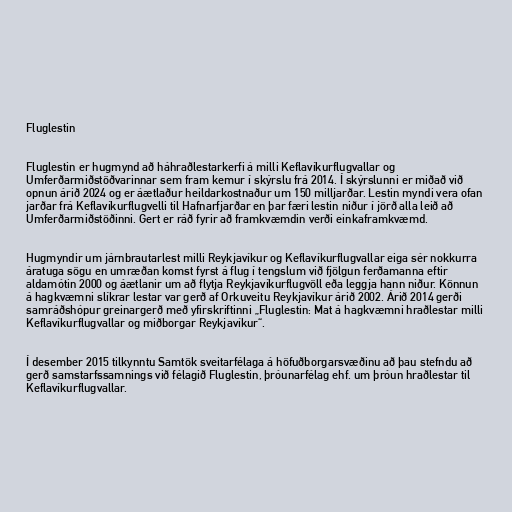
Fluglestin

Fluglestin er hugmynd að háhraðlestarkerfi á milli Keflavíkurflugvallar og
Umferðarmiðstöðvarinnar sem fram kemur í skýrslu frá 2014. Í skýrslunni er miðað við
opnun árið 2024 og er áætlaður heildarkostnaður um 150 milljarðar. Lestin myndi vera ofan
jarðar frá Keflavíkurflugvelli til Hafnarfjarðar en þar færi lestin niður í jörð alla leið að
Umferðarmiðstöðinni. Gert er ráð fyrir að framkvæmdin verði einkaframkvæmd.

Hugmyndir um járnbrautarlest milli Reykjavíkur og Keflavíkurflugvallar eiga sér nokkurra
áratuga sögu en umræðan komst fyrst á flug í tengslum við fjölgun ferðamanna eftir
aldamótin 2000 og áætlanir um að flytja Reykjavíkurflugvöll eða leggja hann niður. Könnun
á hagkvæmni slíkrar lestar var gerð af Orkuveitu Reykjavíkur árið 2002. Árið 2014 gerði
samráðshópur greinargerð með yfirskriftinni „Fluglestin: Mat á hagkvæmni hraðlestar milli
Keflavíkurflugvallar og miðborgar Reykjavíkur“.

Í desember 2015 tilkynntu Samtök sveitarfélaga á höfuðborgarsvæðinu að þau stefndu að
gerð samstarfssamnings við félagið Fluglestin, þróunarfélag ehf. um þróun hraðlestar til
Keflavíkurflugvallar.